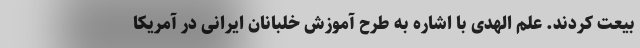
بیعت کردند. علم الهدی با اشاره به طرح آموزش خلبانان ایرانی در آمریکا